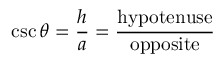
\csc \theta = { \frac { h } { a } } = { \frac { \mathrm { h y p o t e n u s e } } { \mathrm { o p p o s i t e } } }